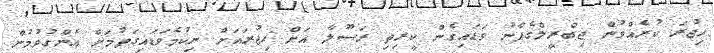
ހިޖުރަ ކުރެއްވުން ޖިބްރީލްގެފާނު ވަޑައިގެން ކީރިތި ރަސޫލާ އަށް ހިޖުރައަށް ނިކުމެވަޑައިގަތުމަށް އެންގުވުމުން